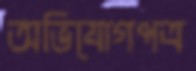
অভিযোগপত্র